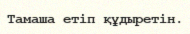
Тамаша етіп құдыретін.